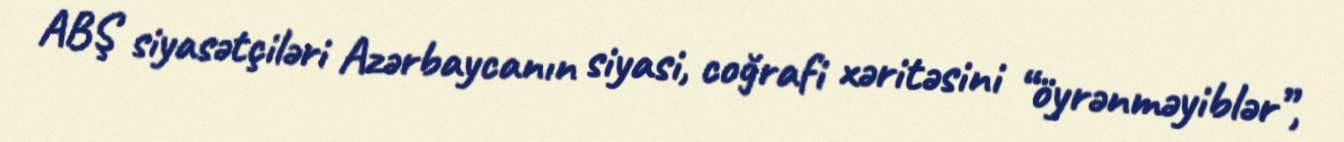
ABŞ siyasətçiləri Azərbaycanın siyasi, coğrafi xəritəsini “öyrənməyiblər”,